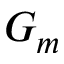
G _ { m }